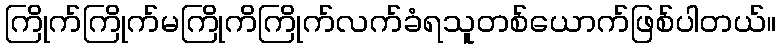
ကြိုက်ကြိုက်မကြိုကိကြိုက်လက်ခံရသူတစ်ယောက်ဖြစ်ပါတယ်။